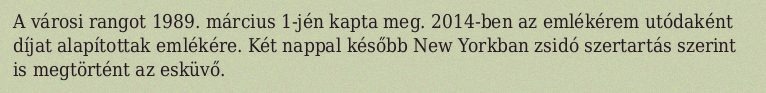
A városi rangot 1989. március 1-jén kapta meg. 2014-ben az emlékérem utódaként díjat alapítottak emlékére. Két nappal később New Yorkban zsidó szertartás szerint is megtörtént az esküvő.